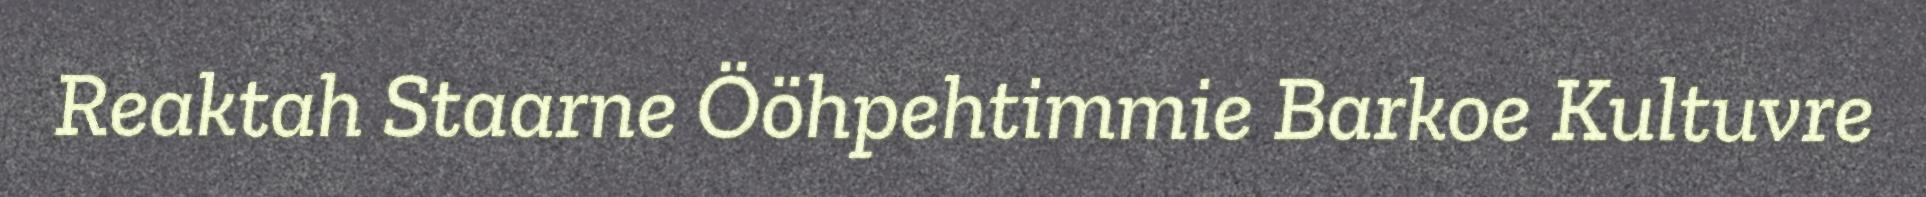
Reaktah Staarne Ööhpehtimmie Barkoe Kultuvre